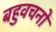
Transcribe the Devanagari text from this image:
बहुवचनों